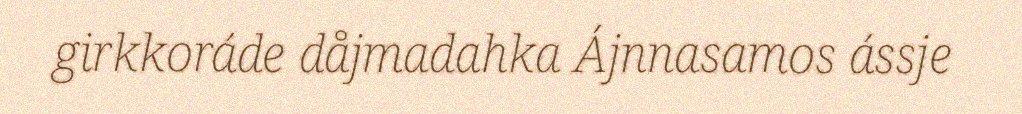
girkkoráde dåjmadahka Ájnnasamos ássje